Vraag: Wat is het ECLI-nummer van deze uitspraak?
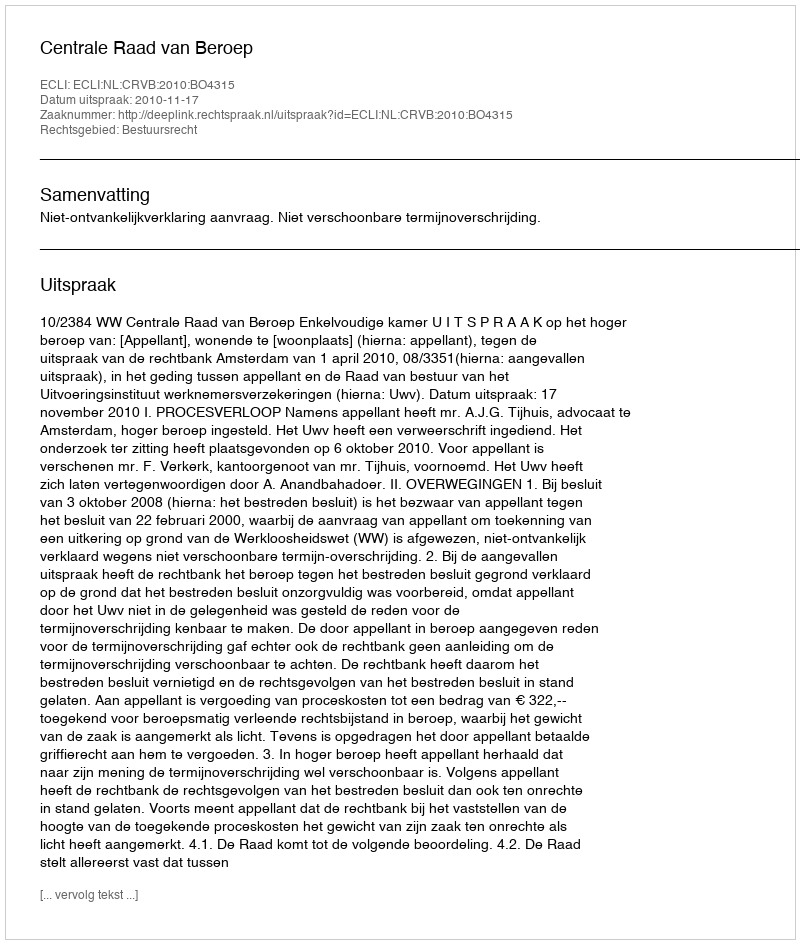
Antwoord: ECLI:NL:CRVB:2010:BO4315